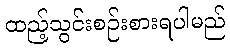
ထည့်သွင်းစဉ်းစားရပါမည်